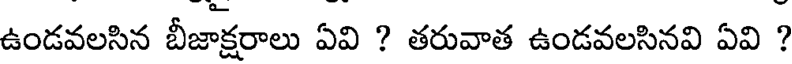
ఉండవలసిన బీజాక్షరాలు ఏవి ? తరువాత ఉండవలసినవి ఏవి ?